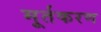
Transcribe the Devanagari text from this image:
मूर्तकरण